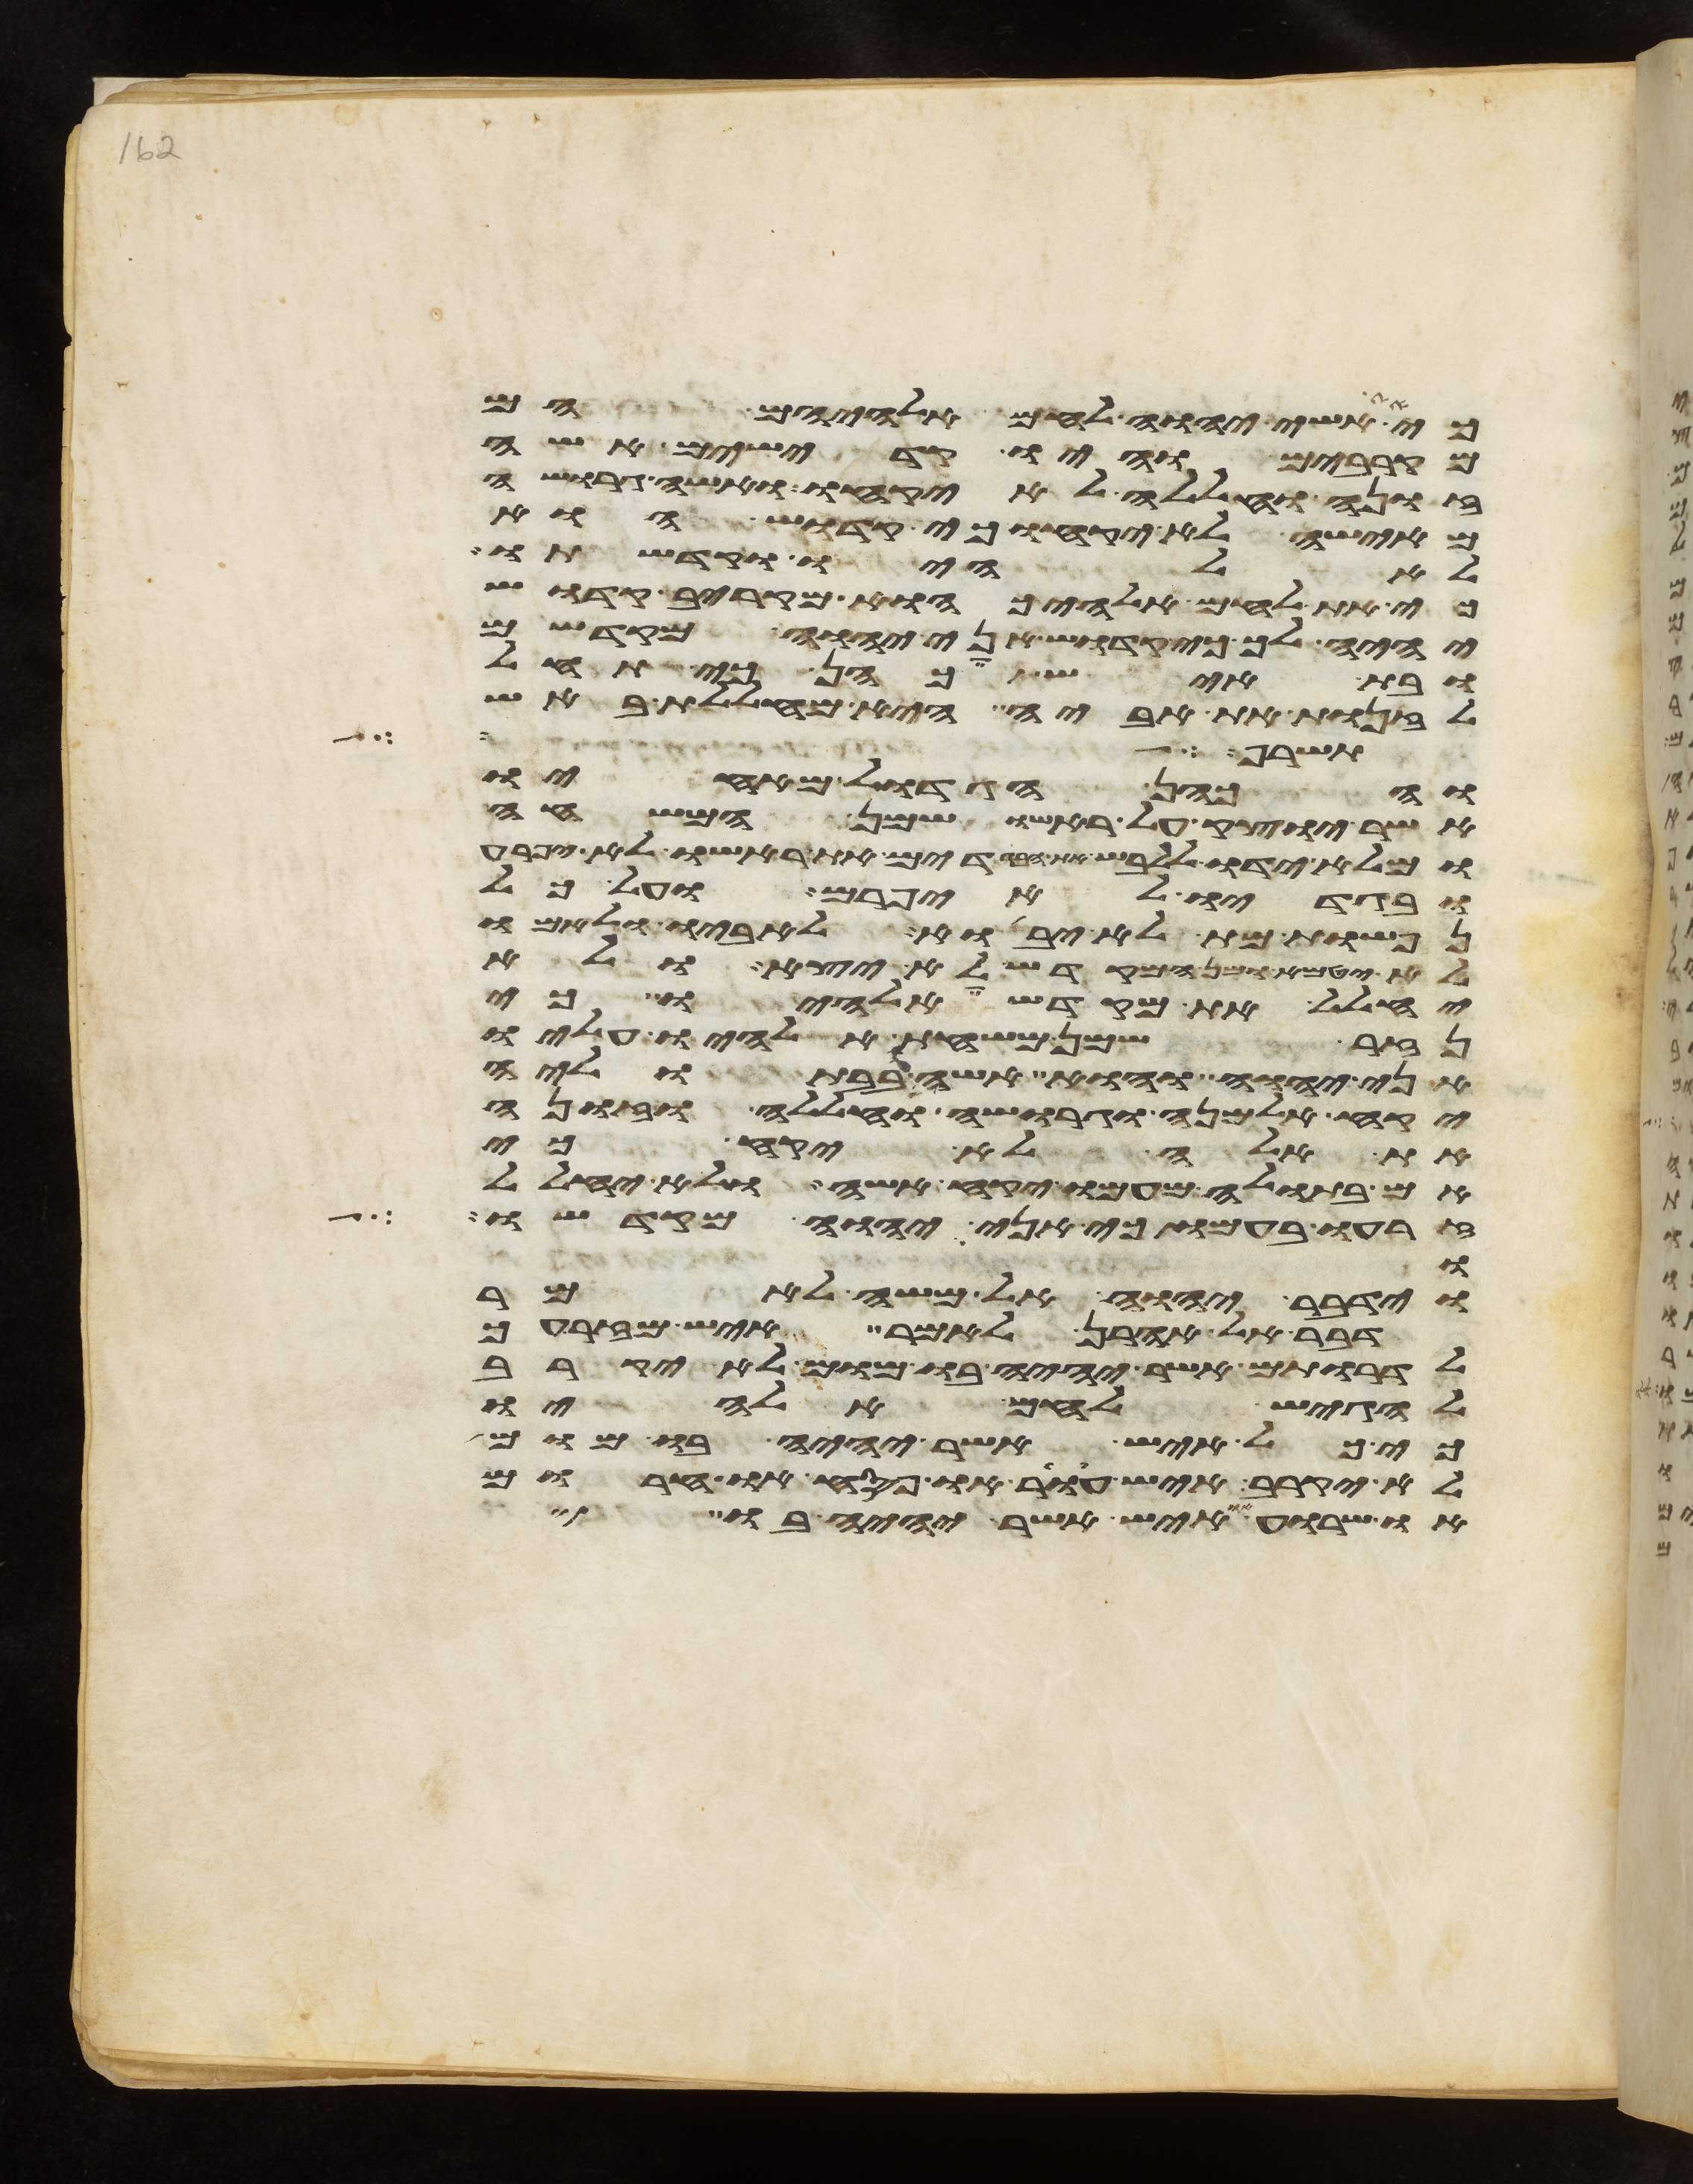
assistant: כי את אשי יהוה לחם אלהיהם הם
מקרבים והיו קדישים אשה
זונה וחללה לא יקחו ואשה גרושה
מאישה לא יקחו כי קדוש הוא
לאלהיו וקדשתו
כי את לחם אלהיך הוא מקריב קדוש
יהיה לך כי קדוש אני יהוה מקדשם
ובת איש כהן כי תחל
לזנות את אביה היא מחללת באש
אשר שם משה לפני
והכהן הגדול מאחיו
אשר יוצק על ראשו שמן המשחה
ומלא ידו ללבש את הבגדים את ראשו לא יפרע
ובגדיו לא יפרם ועל כל
נפשות מת לא יבוא לאביו ולאמו
לא יטמא ומן המקדש לא יצא ולא
יחלל את מקדש אלהיו כי
נזר שמן משחת אלהיו עליו
אני יהוה והוא אשה בבתוליה
יקח אלמנה וגרושה וחללה וזונה
את אלה לא יקח כי
אם בתולה מעמו יקח אשה ולא יחלל
זרעו בעמו כי אני יהוה מקדשו
בו
וידבר יהוה אל משה לאמר
דבר אל אהרן לאמר איש מזרעך
לדרותם אשר יהיה בו מום לא יקרב
להגיש לחם אלהיו
כי כל איש אשר יהיה בו מום
לא יקרב איש עור או פסח או חרום
או שרוע או איש אשר יהיה בו